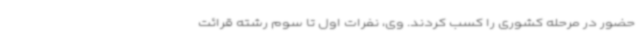
حضور در مرحله کشوری را کسب کردند. وی، نفرات اول تا سوم رشته قرائت